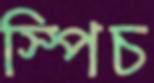
স্পিচ